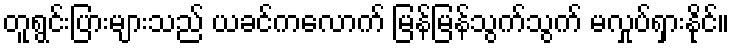
တူရွင်းပြားများသည် ယခင်ကလောက် မြန်မြန်သွက်သွက် မလှုပ်ရှားနိုင်။